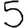
Digit: 5